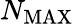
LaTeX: N_{\mathrm{MAX}}